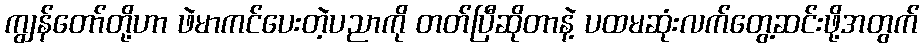
ကျွန်တော်တို့ဟာ ဖဲမာကင်ပေးတဲ့ပညာကို တတ်ပြီဆိုတာနဲ့ ပထမဆုံးလက်တွေ့ဆင်းဖို့အတွက်